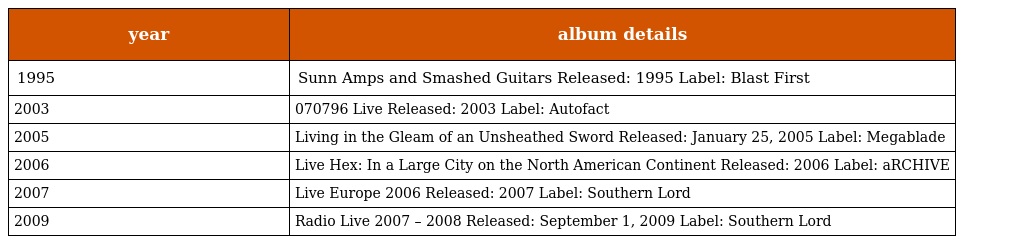
| year | album details |
 | --- | --- |
 | 1995 | Sunn Amps and Smashed Guitars Released: 1995 Label: Blast First |
 | 2003 | 070796 Live Released: 2003 Label: Autofact |
 | 2005 | Living in the Gleam of an Unsheathed Sword Released: January 25, 2005 Label: Megablade |
 | 2006 | Live Hex: In a Large City on the North American Continent Released: 2006 Label: aRCHIVE |
 | 2007 | Live Europe 2006 Released: 2007 Label: Southern Lord |
 | 2009 | Radio Live 2007 – 2008 Released: September 1, 2009 Label: Southern Lord |